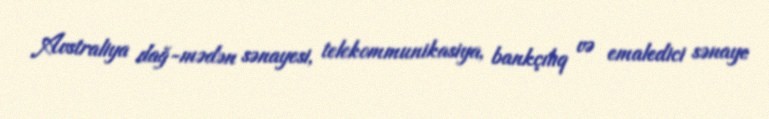
Avstraliya dağ-mədən sənayesi, telekommunikasiya, bankçılıq və emaledici sənaye